Report of the Indian Hemp Drugs Commission, 1894-1895 - Volume V
Year: 1894
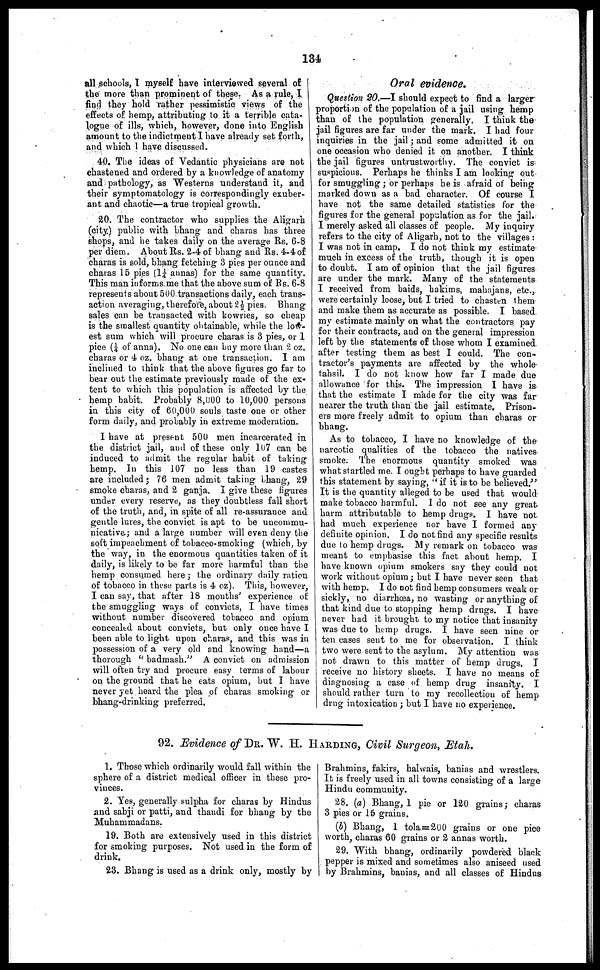
134
all schools, I myself have interviewed several of
the more than prominent of these. As a rule, I
find they hold rather pessimistic views of the
effects of hemp, attributing to it a terrible cata-
logue of ills, which, however, done into English
amount to the indictment I have already set forth,
and which I have discussed.
40. The ideas of Vedantic physicians are not
chastened and ordered by a knowledge of anatomy
and pathology, as Westerns understand it, and
their symptomatology is correspondingly exuber-
ant and chaotic—a true tropical growth.
20. The contractor who supplies the Aligarh
(city.) public with bhang and charas has three
shops, and he takes daily on the average Rs. 6-8
per diem. About Rs. 2-4 of bhang and Rs. 4-4 of
charas is sold, bhang fetching 3 pies per ounce and
charas 15 pies (11/4 annas) for the same quantity.
This man informs me that the above sum of Rs. 6-8
represents about 500 transactions daily, each trans-
action averaging, therefore, about 2½ pies. Bhang
sales can be transacted with kowries, so cheap
is the smallest quantity obtainable, while the low-
est sum which will procure charas is 3 pies, or 1
pice (¼ of anna). No one can buy more than 2 oz.
charas or 4 oz. bhang at one transaction. I am
inclined to think that the above figures go far to
bear out the estimate previously made of the ex-
tent to which this population is affected by the
hemp habit. Probably 8,000 to 10,000 persons
in this city of 60,000 souls taste one or other
form daily, and probably in extreme moderation.
1 have at present 500 men incarcerated in
the district jail, and of these only 107 can be
induced to admit the regular habit of taking
hemp. In this 107 no less than 19 castes
are included; 76 men admit taking bhang, 29
smoke charas, and 2 ganja. I give these figures
under every reserve, as they doubtless fall short
of the truth, and, in spite of all re-assurance and
gentle lures, the convict is apt to be uncommu-
nicative; and a large number will even deny the
soft impeachment of tobacco-smoking (which, by
the way, in the enormous quantities taken of it
daily, is likely to be far more harmful than the
hemp consumed here; the ordinary daily ration
of tobacco in these parts is 4 oz). This, however,
I can say, that after 18 months' experience of
the smuggling ways of convicts, I have times
without number discovered tobacco and opium
concealed about convicts, but only once have I
been able to light upon charas, and this was in
possession of a very old and knowing hand—a
thorough "badmash." A convict on admission
will often try and procure easy terms of labour
on the ground that he cats opium, but I have
never yet heard the plea of charas smoking or
bhang-drinking preferred.
Oral evidence.
Question 20.—I should expect to find a larger
proportion of the population of a jail using hemp
than of the population generally. I think the
jail figures are far under the mark. I had four
inquiries in the jail; and some admitted it on
one occasion who denied it on another. I think
the jail figures untrustworthy. The convict is
suspicious. Perhaps he thinks I am looking out
for smuggling; or perhaps he is afraid of being
marked down as a bad character. Of course I
have not the same detailed statistics for the
figures for the general population as for the jail.
I merely asked all classes of people. My inquiry
refers to the city of Aligarh, not to the villages:
I was not in camp. I do not think my estimate
much in excess of the truth, though it is open
to doubt. I am of opinion that the jail figures
are under the mark. Many of the statements
I received from baids, hakims, mahajans, etc.,
were certainly loose, but I tried to chasten them
and make them as accurate as possible. I based
my estimate mainly on what the contractors pay
for their contracts, and on the general impression
left by the statements of those whom I examined
after testing them as best I could. The con-
tractor's payments are affected by the whole
tahsil. I do not know how far I made due
allowance for this. The impression I have is
that the estimate I made for the city was far
nearer the truth than the jail estimate. Prison-
ers more freely admit to opium than charas or
bhang.
As to tobacco, I have no knowledge of the
narcotic qualities of the tobacco the natives
smoke. The enormous quantity smoked was
what startled me. I ought perhaps to have guarded
this statement by saying, "if it is to be believed."
It is the quantity alleged to be used that would
make tobacco harmful. I do not see any great
harm attributable to hemp drugs. I have not
had much experience nor have I formed any
definite opinion. I do not find any specific results
due to hemp drugs. My remark on tobacco was
meant to emphasise this fact about hemp. I
have known opium smokers say they could not
work without opium; but I have never seen that
with hemp. I do not find hemp consumers weak or
sickly, no diarrhœa, no wasting or anything of
that kind due to stopping hemp drugs. I have
never had it brought to my notice that insanity
was due to hemp drugs. I have seen nine or
ten cases sent to me for observation. I think
two were sent to the asylum. My attention was
not drawn to this matter of hemp drugs. I
receive no history sheets. I have no means of
diagnosing a case of hemp drug insanity. I
should rather turn to my recollection of hemp
drug intoxication; but I have no experience.
92. Evidence of DR. W. H. HARDING, Civil Surgeon, Etah.
1. Those which ordinarily would fall within the
sphere of a district medical officer in these pro-
vinces.
2. Yes, generally sulpha for charas by Hindus
and sabji or patti, and thandi for bhang by the
Muhammadans.
19. Both are extensively used in this district
for smoking purposes. Not used in the form of
drink.
23. Bhang is used as a drink only, mostly by
Brahmins, fakirs, halwais, banias and wrestlers.
It is freely used in all towns consisting of a large
Hindu community.
28. (a) Bhang, 1 pie or 120 grains; charas
3 pies or 16 grains.
(b) Bhang, 1 tola = 200 grains or one pice
worth, charas 60 grains or 2 annas worth.
29. With bhang, ordinarily powdered black
pepper is mixed and sometimes also aniseed used
by Brahmins, banias, and all classes of Hindus